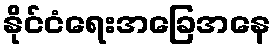
နိုင်ငံရေးအခြေအနေ